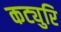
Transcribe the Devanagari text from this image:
कट्युरि